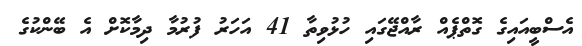
އެސްބީއައިގެ ގޮތްޕެއް ރާއްޖޭގައި ހުޅުވިތާ 41 އަހަރު ފުރުމާ ދިމާކޮށް އެ ބޭންކުގެ